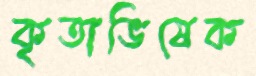
কৃতাভিষেক